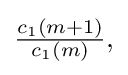
{\textstyle {\frac {c_{1}(m+1)}{c_{1}(m)}},}